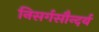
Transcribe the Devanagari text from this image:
निसर्गसौन्दर्य